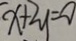
x + 2 y = 0